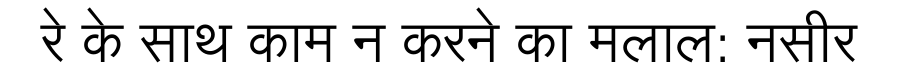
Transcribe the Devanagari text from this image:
रे के साथ काम न करने का मलाल: नसीर